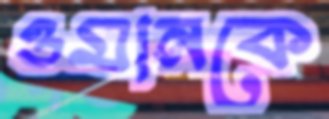
ওমানকে